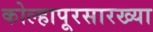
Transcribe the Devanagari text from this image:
कोल्हापूरसारख्या